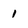
Character: 1